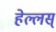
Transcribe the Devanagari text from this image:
हेल्लस्